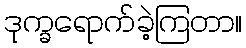
ဒုက္ခရောက်ခဲ့ကြတာ။